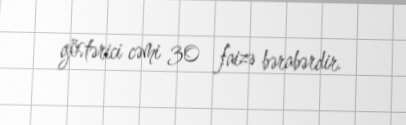
göstərici cəmi 30 faizə bərabərdir.